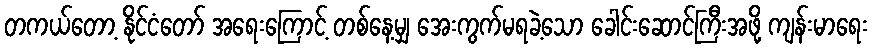
တကယ်တော့ နိုင်ငံတော် အရေးကြောင့် တစ်နေ့မျှ အေးကွက်မရခဲ့သော ခေါင်းဆောင်ကြီးအဖို့ ကျန်းမာရေး